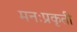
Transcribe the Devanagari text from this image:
मनःप्रकृती